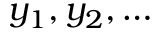
y _ { 1 } , y _ { 2 } , \dotsc